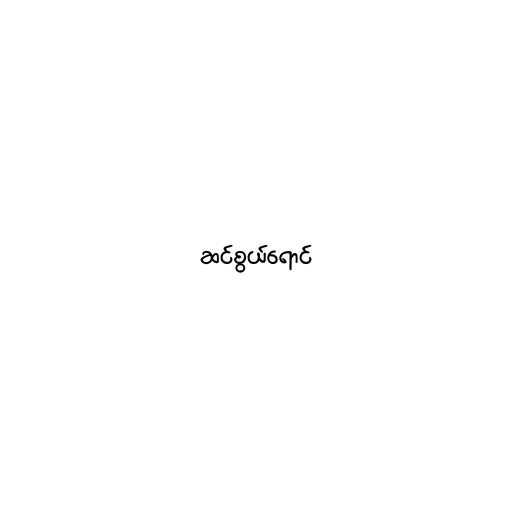
ဆင်စွယ်ရောင်